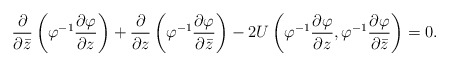
\begin{align*}\frac{\partial}{\partial\bar z}\left(\varphi^{-1}\frac{\partial\varphi}{\partial z}\right)+\frac{\partial}{\partial z}\left(\varphi^{-1}\frac{\partial\varphi}{\partial\bar z}\right)-2U\left(\varphi^{-1}\frac{\partial\varphi}{\partial z},\varphi^{-1}\frac{\partial\varphi}{\partial\bar z}\right)=0.\end{align*}